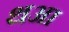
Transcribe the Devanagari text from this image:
थआ